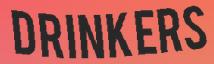
DRINKERS